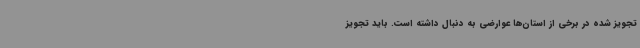
تجویز شده در برخی از استان‌ها عوارضی به دنبال داشته است. باید تجویز